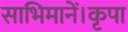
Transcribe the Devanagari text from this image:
साभिमानें।कृपा